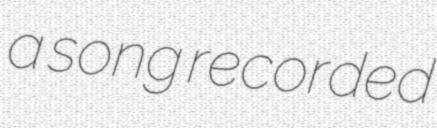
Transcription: a song recorded